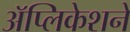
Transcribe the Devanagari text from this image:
अॅप्लिकेशने